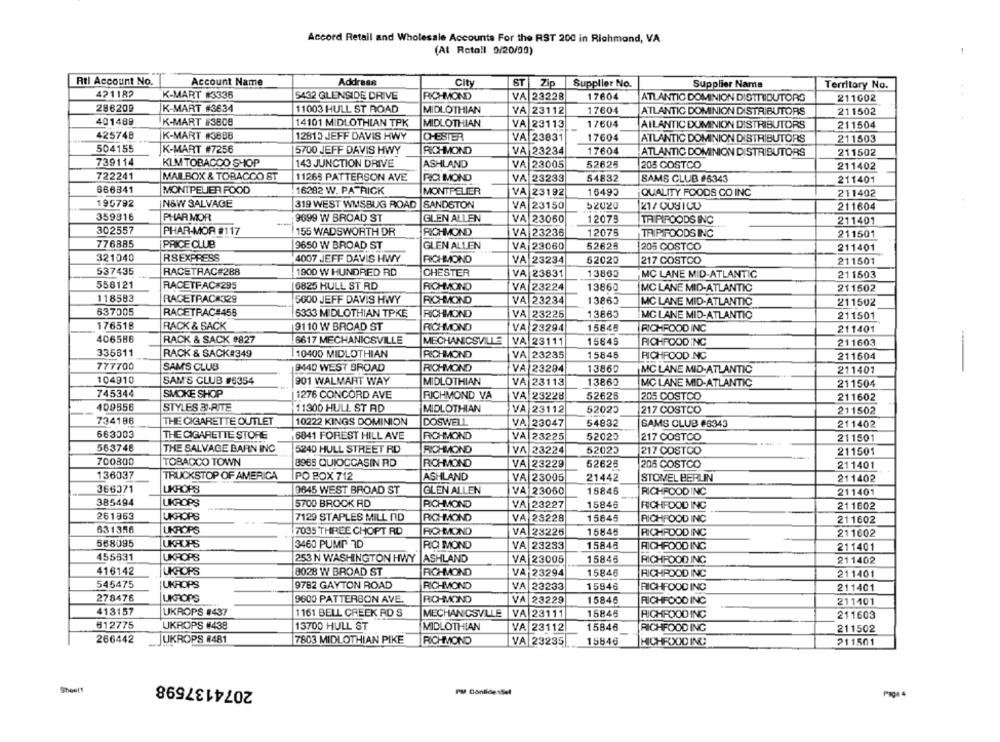
Accord Retail and Wholesale Accounts For the RST 200 in Richmond, VA
(Al Rotall 9/20/00)
-
Rtl Account No.
Account Name
Address
City
ST Zip
Supplier No.
Supplier Name
Territory No.
421182
K-MART #3336
5432 GLENSIDE DRIVE
RICHMOND
VA 23228
17604
ATLANTIC DOMINION DISTTRIDUTORG
211002
286209
K-MART #3634
11003 HULL ST ROAD
MIDLOTHIAN
VA 23112
17604
ATLANTIC DOMINION DISTRIBUTORS
211502
401489
K-MART #3806
14101 MIDLOTHIAN TPK
MIDLOTHIAN
VA 23113
17604
AILANTIC DOMINION DISTRIBUTORS
211504
425748
K-MART #3888
12815 JEFF DAVIS HWY
CHESTER
VA 23831
17604
ATLANTIC DOMINION DISTRIBUTORS
211503
504155
K-MART #7256
5700 JEFF DAVIS HWY
RICHMOND
VA 23234
17604
ATLANTIC DOMINION DISTRIBUTORS
211502
739114
KLM TOBAGOO SHOP
143 JUNCTION DRIVE
ASHLAND
VA 23005
52625
205 COSTCO
211402
722241
MAILBOX & TOBACCO ST
11265 PATTERSON AVE
RICI MOND
VA 23233
54832
SAMS CLUB #6343
211401
666841
MONTPELIER FOOD
16282 W. PATRICK
MONTPELIER
VA 23192
16493
QUALITY FOODS CO INC
211402
195792
N&W SALVAGE
319 WEST WMSBUG ROAD |SANDSTON
VA 23150
52020
21/CUSICU
211604
359916
PHAR MOR
9699 W BROAD ST
GLEN ALLEN
VA 23060
12073
TRI PIFOODS INC
211401
302557
PHAR-MOR #117
!155 WADSWORTH DR
RICHMOND
VA 23236
12075
TRIPIFOODS INC
211501
776885
PRICE CLUB
9650 W BROAD ST
GLEN ALLEN
52625
VA 23060
205 COSTCO
211401
321040
RSEXPRESS
4007 JEFF DAVIS HWY
RICHMOND
VA 23234
62020
217 COSTCO
211501
537435
RACETRAC#288
1900 W HUNDRED RD
CHESTER
VA 23831
13865
MC LANE MID-ATLANTIC
211503
558121
RACETFAC 295
6825 HULL ST RD
RICHMOND
VA 23224
13860
MC LANE MID-ATLANTIC
211502
118583
RACETRAC#329
5600 JEFF DAVIS HWY
RICHMOND
VA 23234
13863
MC LANE MID-ATLANTIC
211502
637005
RACETRAC#458
6333 MIDLOTHIAN TPKE
RICHMOND
VA 23225
13865
MC LANE MID-ATLANTIC
211501
17651B
RACK & BACK
9110 W BROAD ST
RICHMOND
VA 23294
15845
RICHFOOD INC
211401
406588
RACK & SACK #827
6617 MECHANICSVILLE
MECHANICSVILLE
VA 23111
15845
RICHFOOD INC
211603
335611
RACK & SACK#349
|10400 MIDLOTHIAN
RICHMOND
VA 23235
15845
RICHFOOD INC
211504
777700
SAM'S CLUB
9440 WEST BROAD
RICHMOND
VA 23294
13860
MC LANE MID-ATLANTIC
211407
104910
SAM'S CLUB #6354
901 WALMART WAY
MIDLOTHIAN
VA 23113
13860
MC LANE MID-ATLANTIC
211504
745344
SMOKE SHOP
1276 CONCORD AVE
RICHMOND VA
VA 23228
52626
205 COSTCO
211602
109556
STYLES 31-RITE
11300 HULL ST RD
MIDLOTHIAN
52025
217 COSTCO
VA 23112
211502
734186
THE CIGARETTE OUTLET
10222 KINGS DOMINION
DOSWELL
VA 23047
54832
SAMS CLUB #6343
211402
663003
THE CIGARETTE STORE
6841 FOREST HILL AVE
RICHMOND
VA 23225
52020
217 COSTCO
211501
563746
THE SALVAGE BARN INC
5240 HULL STREET RD
RICHMOND
VA 23224
52023
217 COSTCO
211501
700800
TOBACCO TOWN
8965 QUIOCCASIN RD
RICHMOND
VA 23229
52625
205 COSTCO
211401
136037
TRUCKSTOP OF AMERICA
PO BOX 712
ASHLAND
VA 23005
21442
STOVEL BERLIN
211402
366371
UKROPS
0645 WEST BROAD ST
GLEN ALLEN
VA 23060
15846
RICHFOOD INC
211401
385494
UKROPS
5700 BROOK RD
RICHMOND
VA 23227
15846
RICHFOOD INC
211602
261963
UKROPS
7129 STAPLES MILL ND
RICHMOND
VA 23228
15845
RICHFOOD INC
211602
631356
UKROPS
7035 THREE CHOPT RD
RICHMOND
VA 23225
15845
RICHFOOD INC
211602
568095
UKAUPS
3460 PUMP ID
RIC MOND
VA 23283
15848
RICHFOOD INC
211401
455831
UKROPS
253 N WASHINGTON HWY |ASHLAND
VA 23005
15846
RICHFOOD INC
211402
416142
UKROPS
8028 W BROAD ST
RICHMOND
VA 23294
15846
RICHFOOD INC
211401
545475
JUKROPS
9782 GAYTON ROAD
RICHMOND
VA 23233
15946
RICHFOOD INC
211401
278476
UKROPS
9600 PATTERSON AVE.
RICHMOND
VA 23229
15846
RICHFOOD INC
211401
413157
UKROPS #437
1161 BELL CREEK RD S
MECHANICSVLLE
VA 23111
15845
RIGHFOOD INC
211603
512775
UKROPS #438
13700 HULL ST
MIDLOTHIAN
VA 23112
15846
RICHFOOD INC
211502
266442
UKROPS #481
7803 MIDLOTHIAN PIKE
RICHMOND
VA 23235
15846
HICHROND INC
211501
2074137598
Sheet
PM Conlidesllel